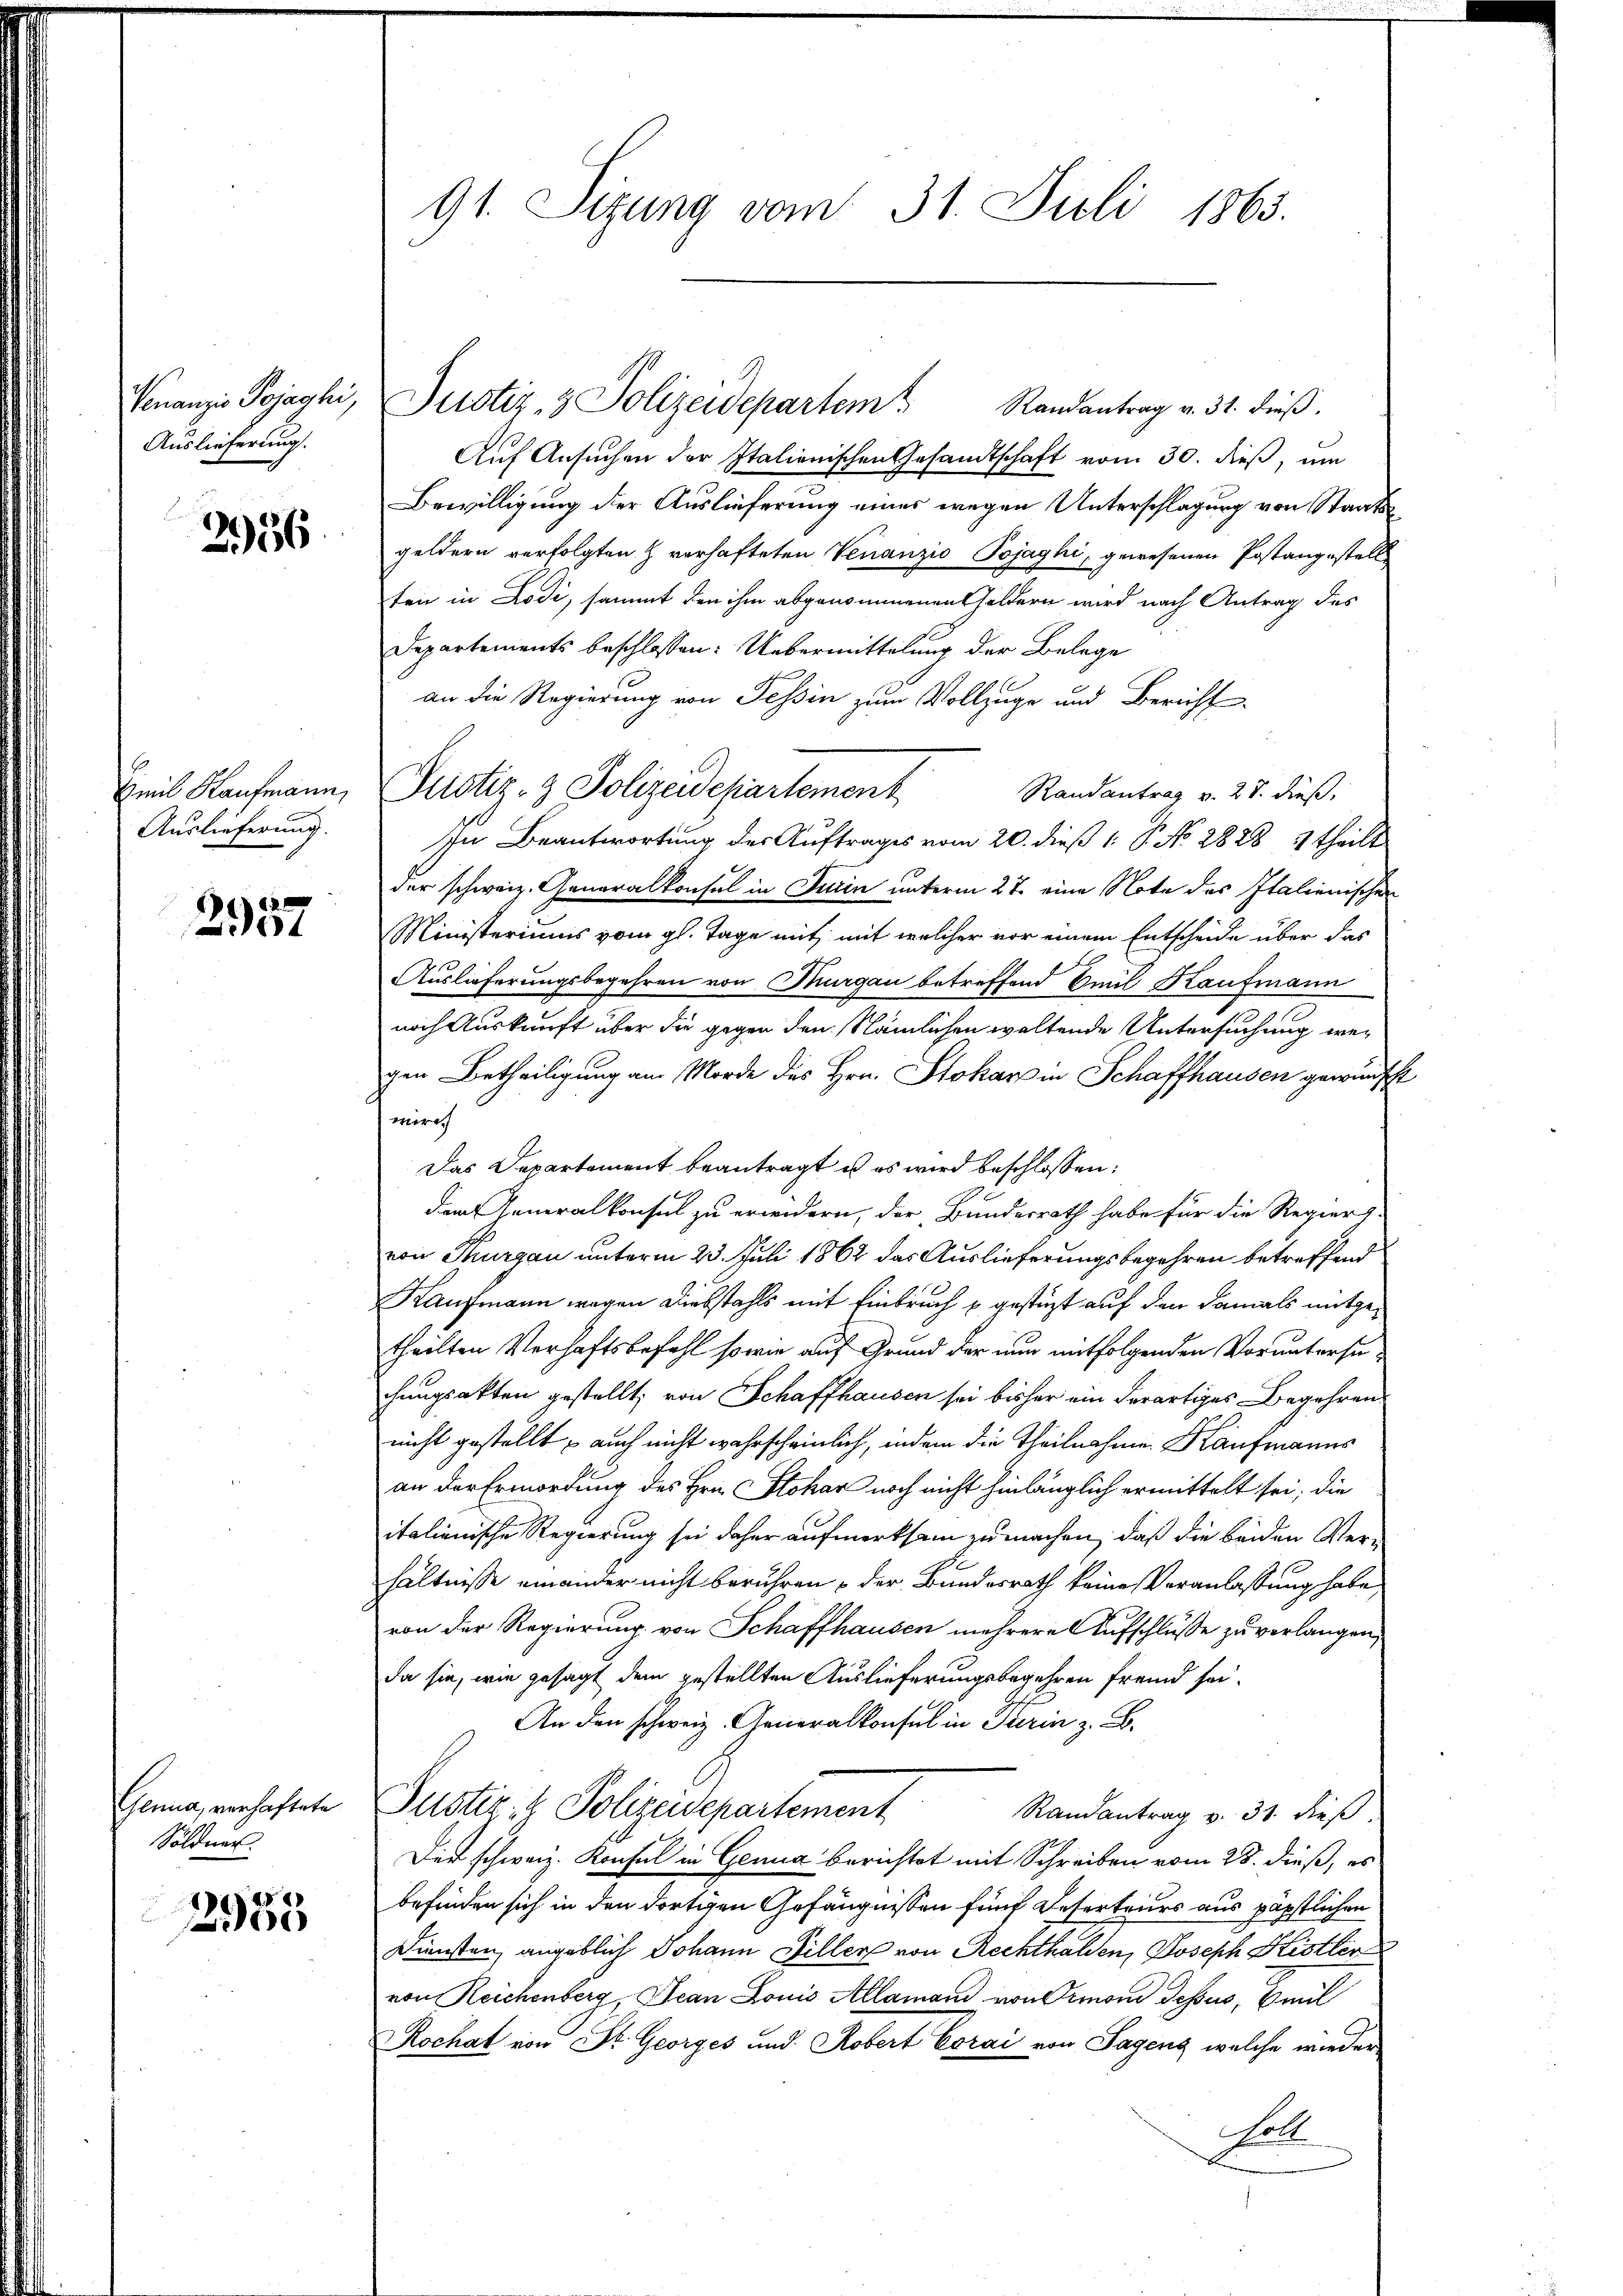
Nonanzis Pojaghi,
Auslieferung.

2956

Emil Kaufmann,
Auslieferung.

2957

Genua, verhaftete
Söldner.

2955

91. Sizung vom 31. Juli 1863.

Auf Ansuchen der Italienischen Gesandtschaft vom 30. dieß, um
Bewilligung der Auslieferung eines wegen Unterschlagung von Staatsgeldern verfolgten H verhafteten Venanzio Pojaghi, gewesenen Postangestell
ten in Lodi, sammt den ihm abgenommenen Geldern wird nach Antrag des
Departements beschlossen: Uebermittelung der Belege
an die Regierung von Tessin zum Vollzuge und Bericht
.
Justiz- & Polizeidepartement
Randantrag v. 27. dieß,
In Beantwortung des Auftrages vom 20. dieß 1: P. No 2828 5 theilt
der schweiz. Generalkonsul in Turin unterm 27. eine Note des Italienischen
Ministeriums vom gl. Tage mit mit welcher vor einem Entscheide über das
Auslieferungsbegehren von Thurgau betreffend Emil Kaufmann
noch Auskunft über die gegen den Nämlichen waltende Untersuchung wegen Betheiligung am Morde des Hrn. Stokars in Schaffhausen gewünsche
wir
Das Departement beantragt es es wird beschlossen:
dem Generalkonsul zu erwidern, der Bundesrath habe für die Regiers-
von Thurgau unterm 23. Juli 1862 das Auslieferungsbegehren betreffend
Kaufmann wegen Diebstahls mit Einbruch u. gestüzt auf den damals mitgetheilten Verhaftsbefehl sowie auf Grund der nun mitfolgenden Voruntersuchungsakten gestellt, von Schaffhausen sei bisher ein derartiges Begehrens
nicht gestellt, auch nicht wahrscheinlich, indem die Theilnahme Kaufmanns
an der Ermordung des Hrn. Stokar noch nicht hinlänglich ermittelt sei; die
italienische Regierung sei daher aufmerksam zu machen, daß die beiden Verhältnisse einander nicht berühren der Bundesrath keine Veranlassung habe,
von der Regierung von Schaffhausen mehrere Aufschlüsse zu verlangen,
da sie, wie gesagt dem gestellten Auslieferungsbegehren fremd sei¬
An den schweiz. Generalkonsul in Turin z. B.
Justiz- & Polizeidepartement
Randantrag v. 31. dieß
Der schweiz. Konsul in Genua berichtet mit Schreiben vom 28. dieß, es
befinden sich in den dortigen Gefängnissen fünf Deserteurs aus päpstlichen
Diensten, angeblich Johann Filler von Rechthalden, Joseph Kister
von Reichenberg, Jean Louis Allamand von Ormond dessus, Beil
Rochat von St. Georges und Robert Corai von Sagens, welche wieder
holt.

Justiz- & Polizeidepartem Randantrag v. 31. dieβ.